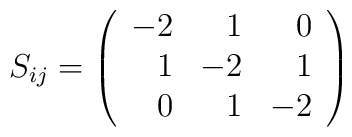
S_{ij}=\left(\begin{array}{rrr}-2 & 1 & 0\\1 & -2 &1\\0 & 1 & -2\end{array}\right)